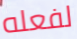
لفعله